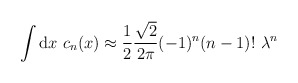
\begin{align*}\int {\rm d} x \ c_n (x) \approx {1 \over 2} { \sqrt{2} \over 2 \pi} (-1)^n (n-1)! \ \lambda^n\end{align*}